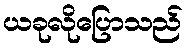
ယခုလိုပြောသည်